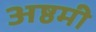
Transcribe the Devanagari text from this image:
अष्ठमी